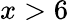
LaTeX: x>6